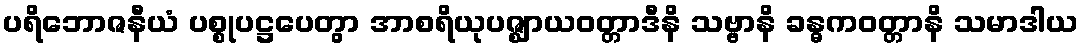
ပရိဘောဇနီယံ ပစ္စုပဋ္ဌပေတွာ အာစရိယုပဇ္ဈာယဝတ္တာဒီနိ သဗ္ဗာနိ ခန္ဓကဝတ္တာနိ သမာဒါယ